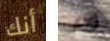
أنك واعي